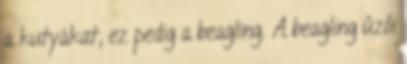
a kutyákat, ez pedig a beagling. A beagling űzői